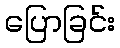
ပြောခြင်း